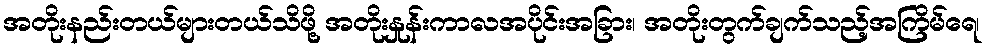
အတိုးနည်းတယ်များတယ်သိဖို့ အတိုးနှုန်းကာလအပိုင်းအခြား၊ အတိုးတွက်ချက်သည့်အကြိမ်ရေ၊